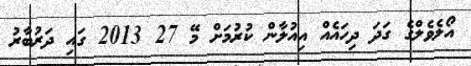
އޯލެވެލްގެ ގަދަ ދިހައެއް އިއުލާން ކުރުމަށް މޭ 27 2013 ގައި ދަރުބާރު